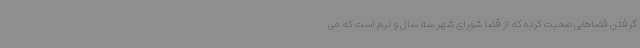
گرفتن فضاهایی صحبت کرده که از قضا شورای شهر سه سال و نیم است که می